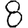
Digit: 8